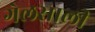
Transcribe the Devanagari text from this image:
गेलसालीं